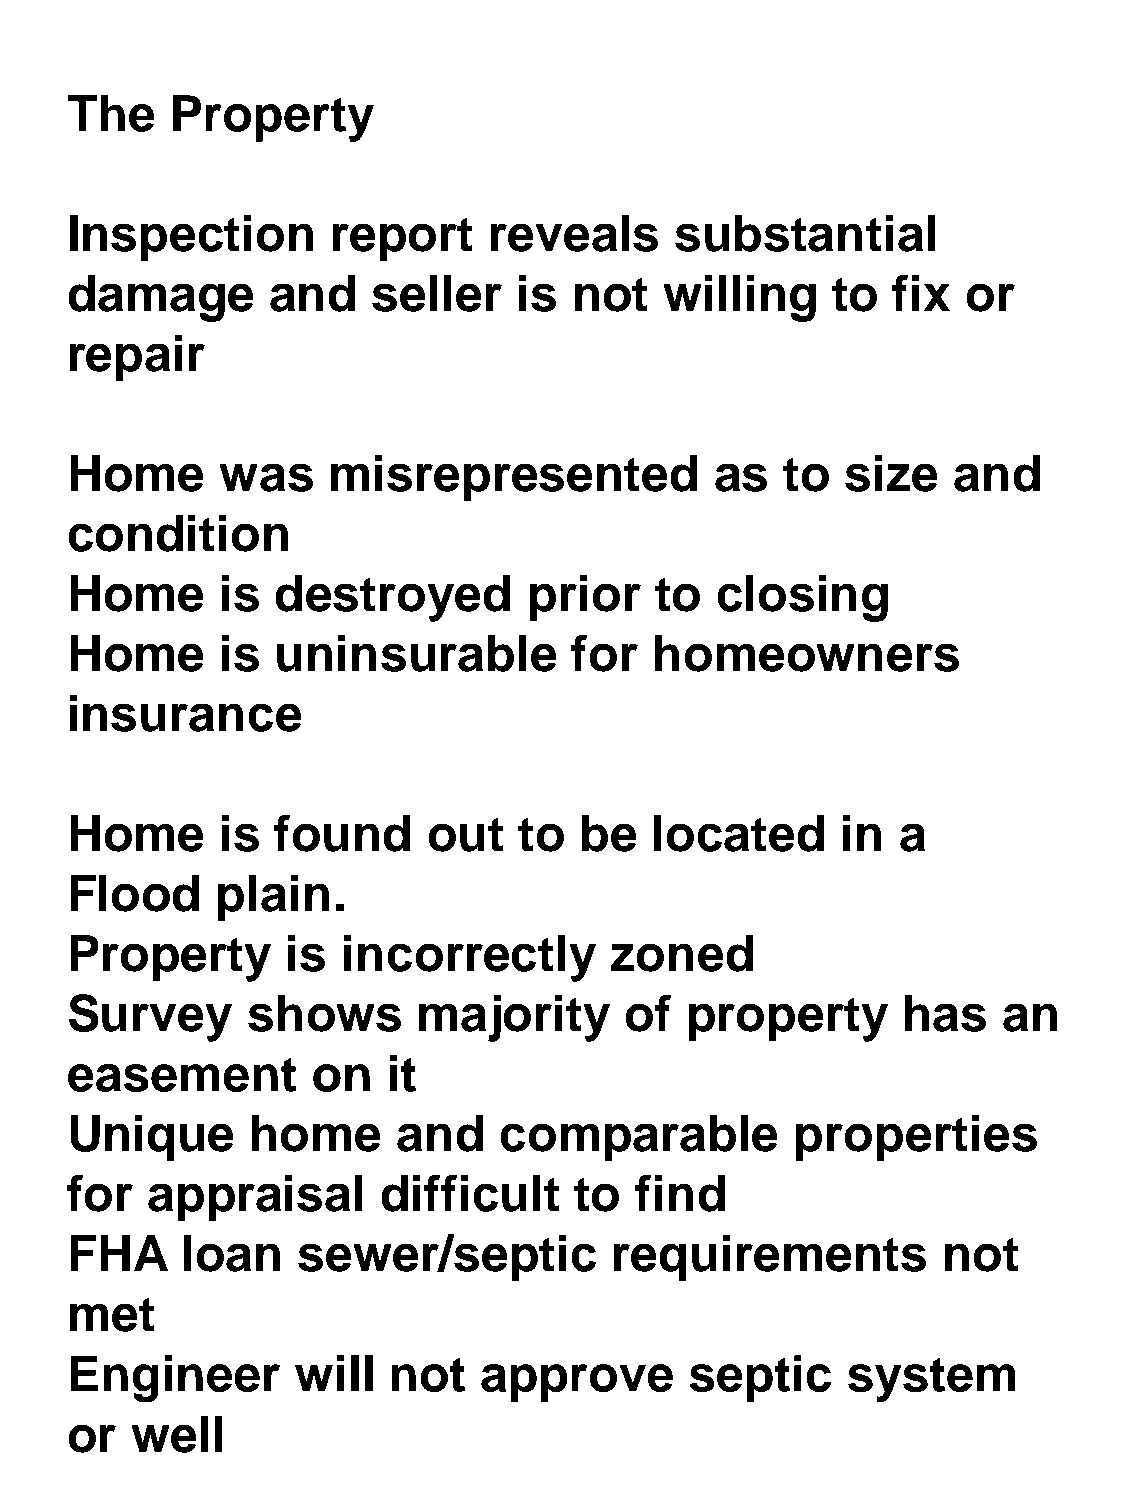
The    Property
 Inspection        report    reveals      substantial
 damage        and    seller   is  not   willing    to  fix  or
 repair
 Home       was    misrepresented           as   to  size   and
 condition
 Home       is destroyed        prior   to  closing
 Home       is uninsurable         for  homeowners
 insurance
 Home       is found     out   to  be   located      in  a
 Flood     plain.
 Property       is  incorrectly      zoned
 Survey      shows       majority     of  property       has   an
 easement         on   it
 Unique       home     and    comparable          properties
 for   appraisal      difficult    to  find
 FHA     loan    sewer/septic         requirements         not
 met
 Engineer       will   not   approve       septic    system
 or   well